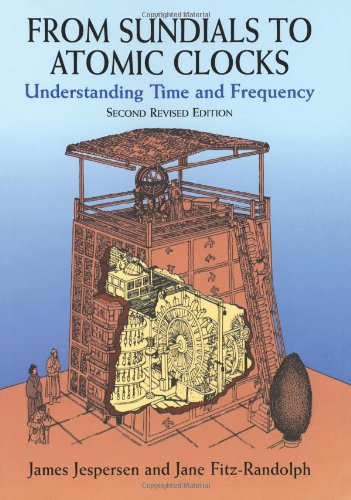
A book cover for From Sundials to Atomic Clocks: Understanding Time and Frequency, Second Revised Edition; James Jespersen; Science & Math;